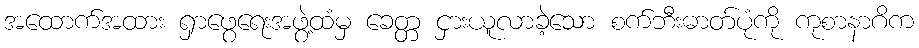
အထောက်အထား ရှာဖွေရေးအဖွဲ့ထံမှ ခေတ္တ ငှားယူလာခဲ့သော စက်ဘီးဓာတ်ပုံကို ကုစာနာဂိက